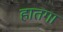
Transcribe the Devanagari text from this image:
हातगा